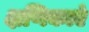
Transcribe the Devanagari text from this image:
क्षणिकाएं